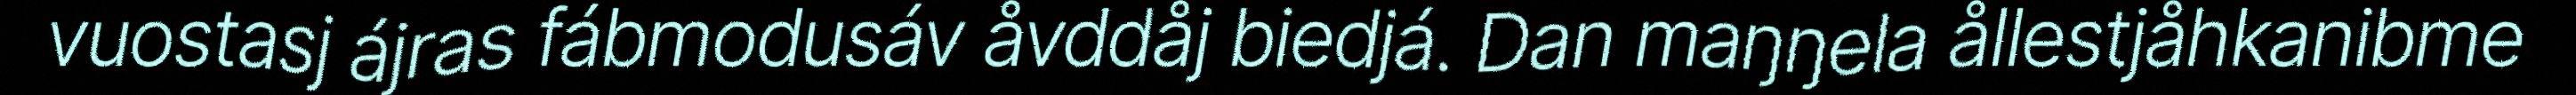
vuostasj ájras fábmodusáv åvddåj biedjá. Dan maŋŋela ållestjåhkanibme